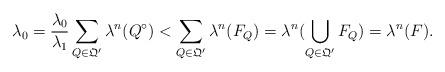
LaTeX: \begin{align*}\lambda_0 = \frac{\lambda_0}{\lambda_1} \sum_{Q \in \mathfrak Q'} \lambda^n(Q^\circ) < \sum_{Q \in \mathfrak Q'} \lambda^n(F_Q) = \lambda^n(\bigcup_{Q \in \mathfrak Q'} F_Q) = \lambda^n(F).\end{align*}